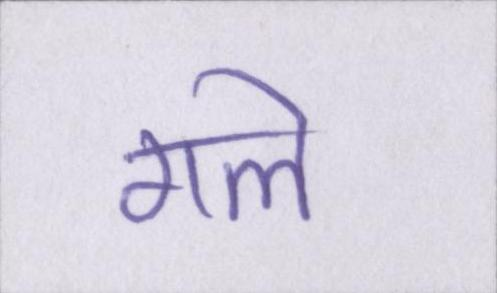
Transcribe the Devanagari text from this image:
गले